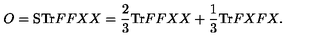
O = \mathrm { S T r } F F X X = \frac { 2 } { 3 } \mathrm { T r } F F X X + \frac { 1 } { 3 } \mathrm { T r } F X F X .